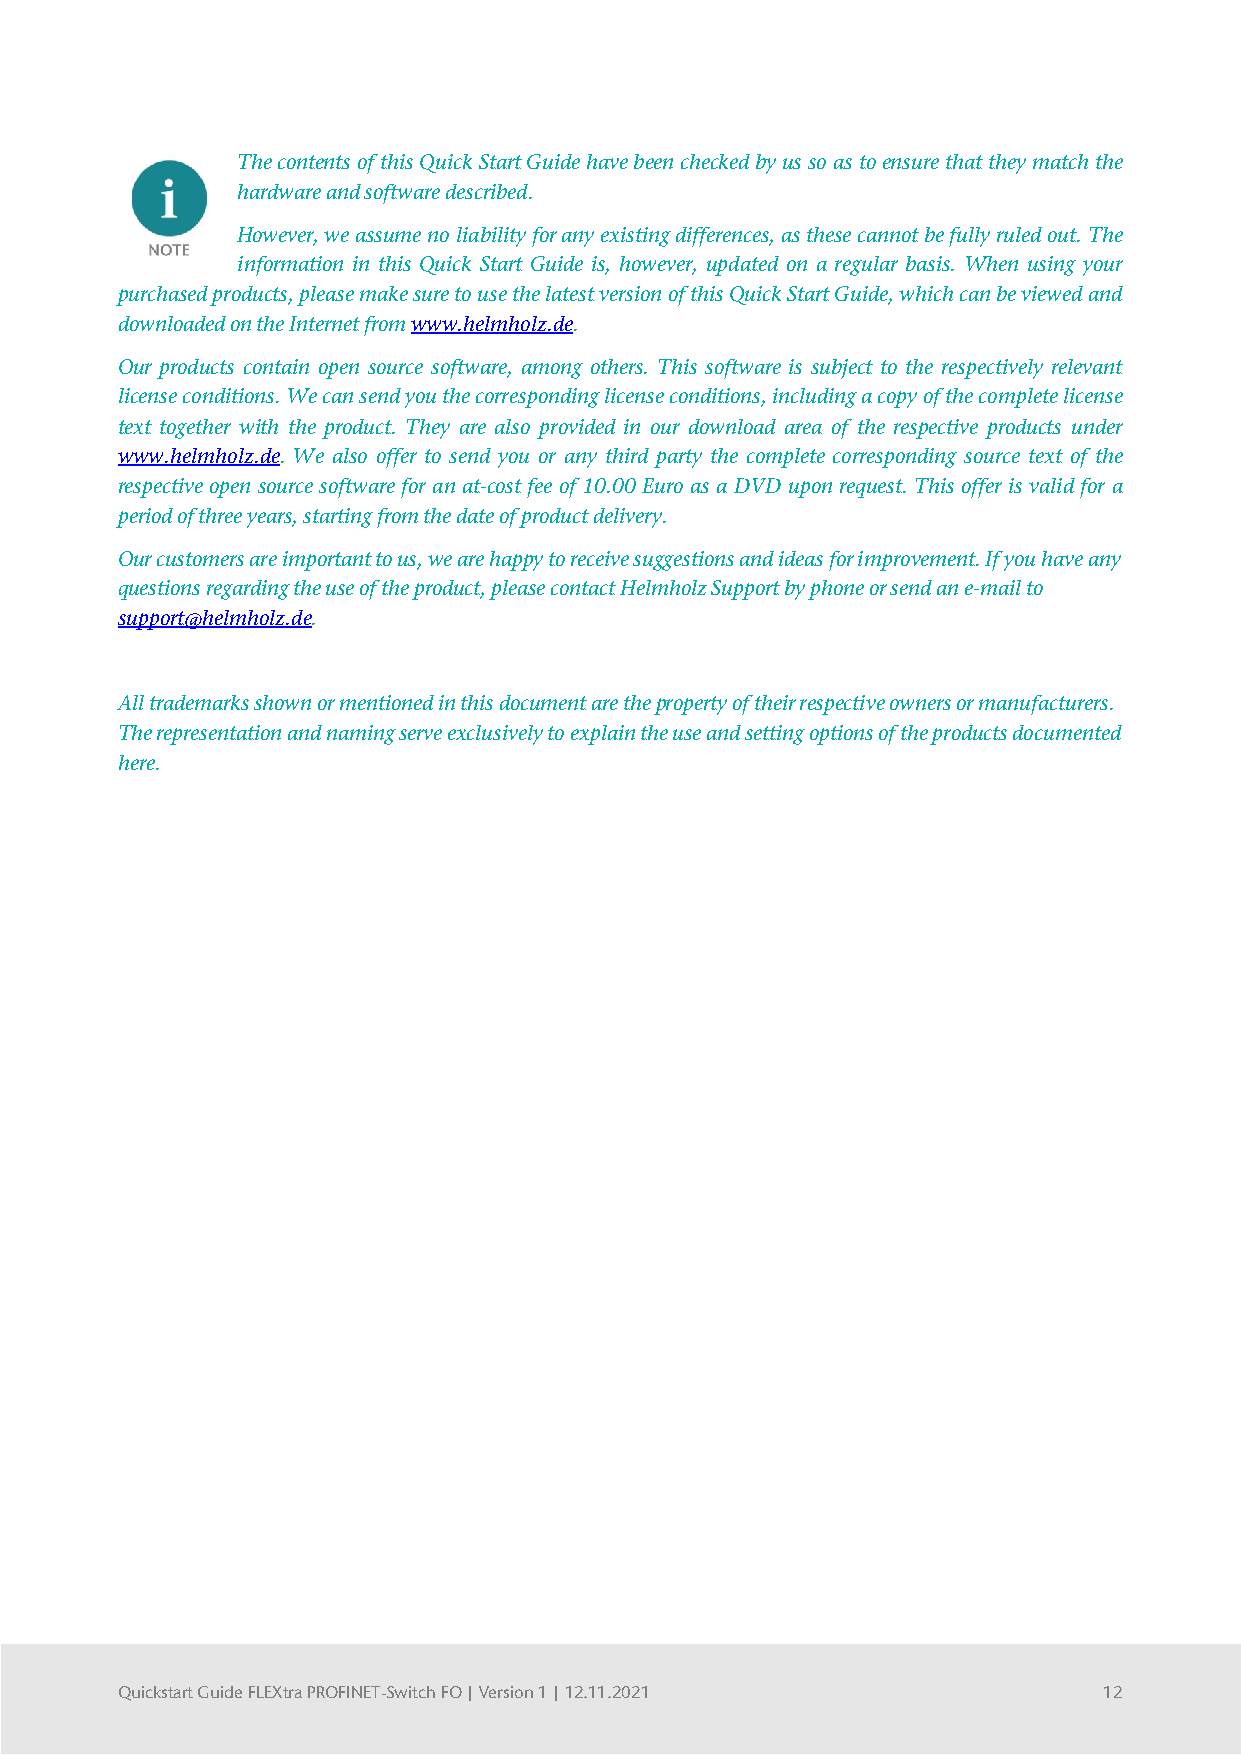
The contents of this Quick Start Guide have been checked by us so as to ensure that they match the
 hardware and software described.
 However, we assume no liability for any existing differences, as these cannot be fully ruled out. The
 information in this Quick Start Guide is, however, updated on a regular basis. When using your
 purchased products, please make sure to use the latest version of this Quick Start Guide, which can be viewed and
 downloaded on the Internet from www.helmholz.de.
 Our products contain open source software, among others. This software is subject to the respectively relevant
 license conditions. We can send you the corresponding license conditions, including a copy of the complete license
 text together with the product. They are also provided in our download area of the respective products under
 www.helmholz.de. We also offer to send you or any third party the complete corresponding source text of the
 respective open source software for an at-cost fee of 10.00 Euro as a DVD upon request. This offer is valid for a
 period of three years, starting from the date of product delivery.
 Our customers are important to us, we are happy to receive suggestions and ideas for improvement. If you have any
 questions regarding the use of the product, please contact Helmholz Support by phone or send an e-mail to
 support@helmholz.de.
 All trademarks shown or mentioned in this document are the property of their respective owners or manufacturers.
 The representation and naming serve exclusively to explain the use and setting options of the products documented
 here.
 Quickstart Guide FLEXtra PROFINET-Switch FO | Version 1 | 12.11.2021 12